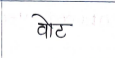
मजकूर: वोट